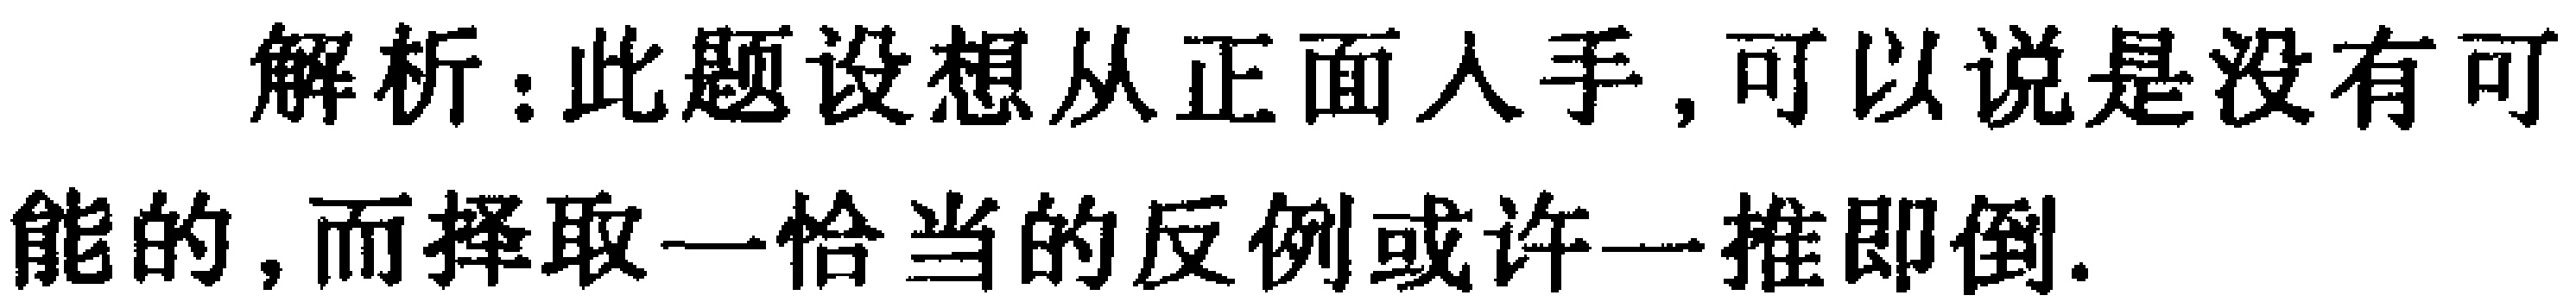
解析：此题设想从正面入手，可以说是没有可能的，而择取一恰当的反例或许一推即倒.